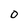
Character: 0